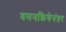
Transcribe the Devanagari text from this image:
वमनक्रियेनंतर